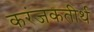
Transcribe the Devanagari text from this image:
करंजकतीर्थ